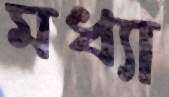
মধ্যা